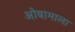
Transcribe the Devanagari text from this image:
ओबामाला